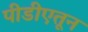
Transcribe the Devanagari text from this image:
पीडीएतून